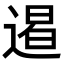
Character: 𨔹